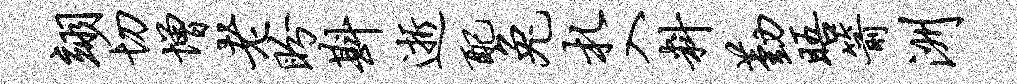
翊切增老盼斟逝配兔札入料勤晤箭洲